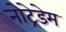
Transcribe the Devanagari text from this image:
नोट्रेडेम